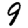
Digit: 9